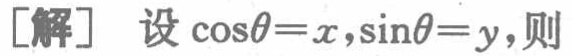
[解] 设\(\cos\theta = x,\sin\theta = y\),则